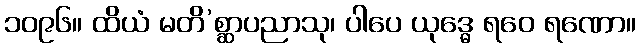
၁၀၉၆။ ထိယံ မတိ’စ္ဆာပညာသု၊ ပါပေ ယုဒ္ဓေ ရဝေ ရဏော။